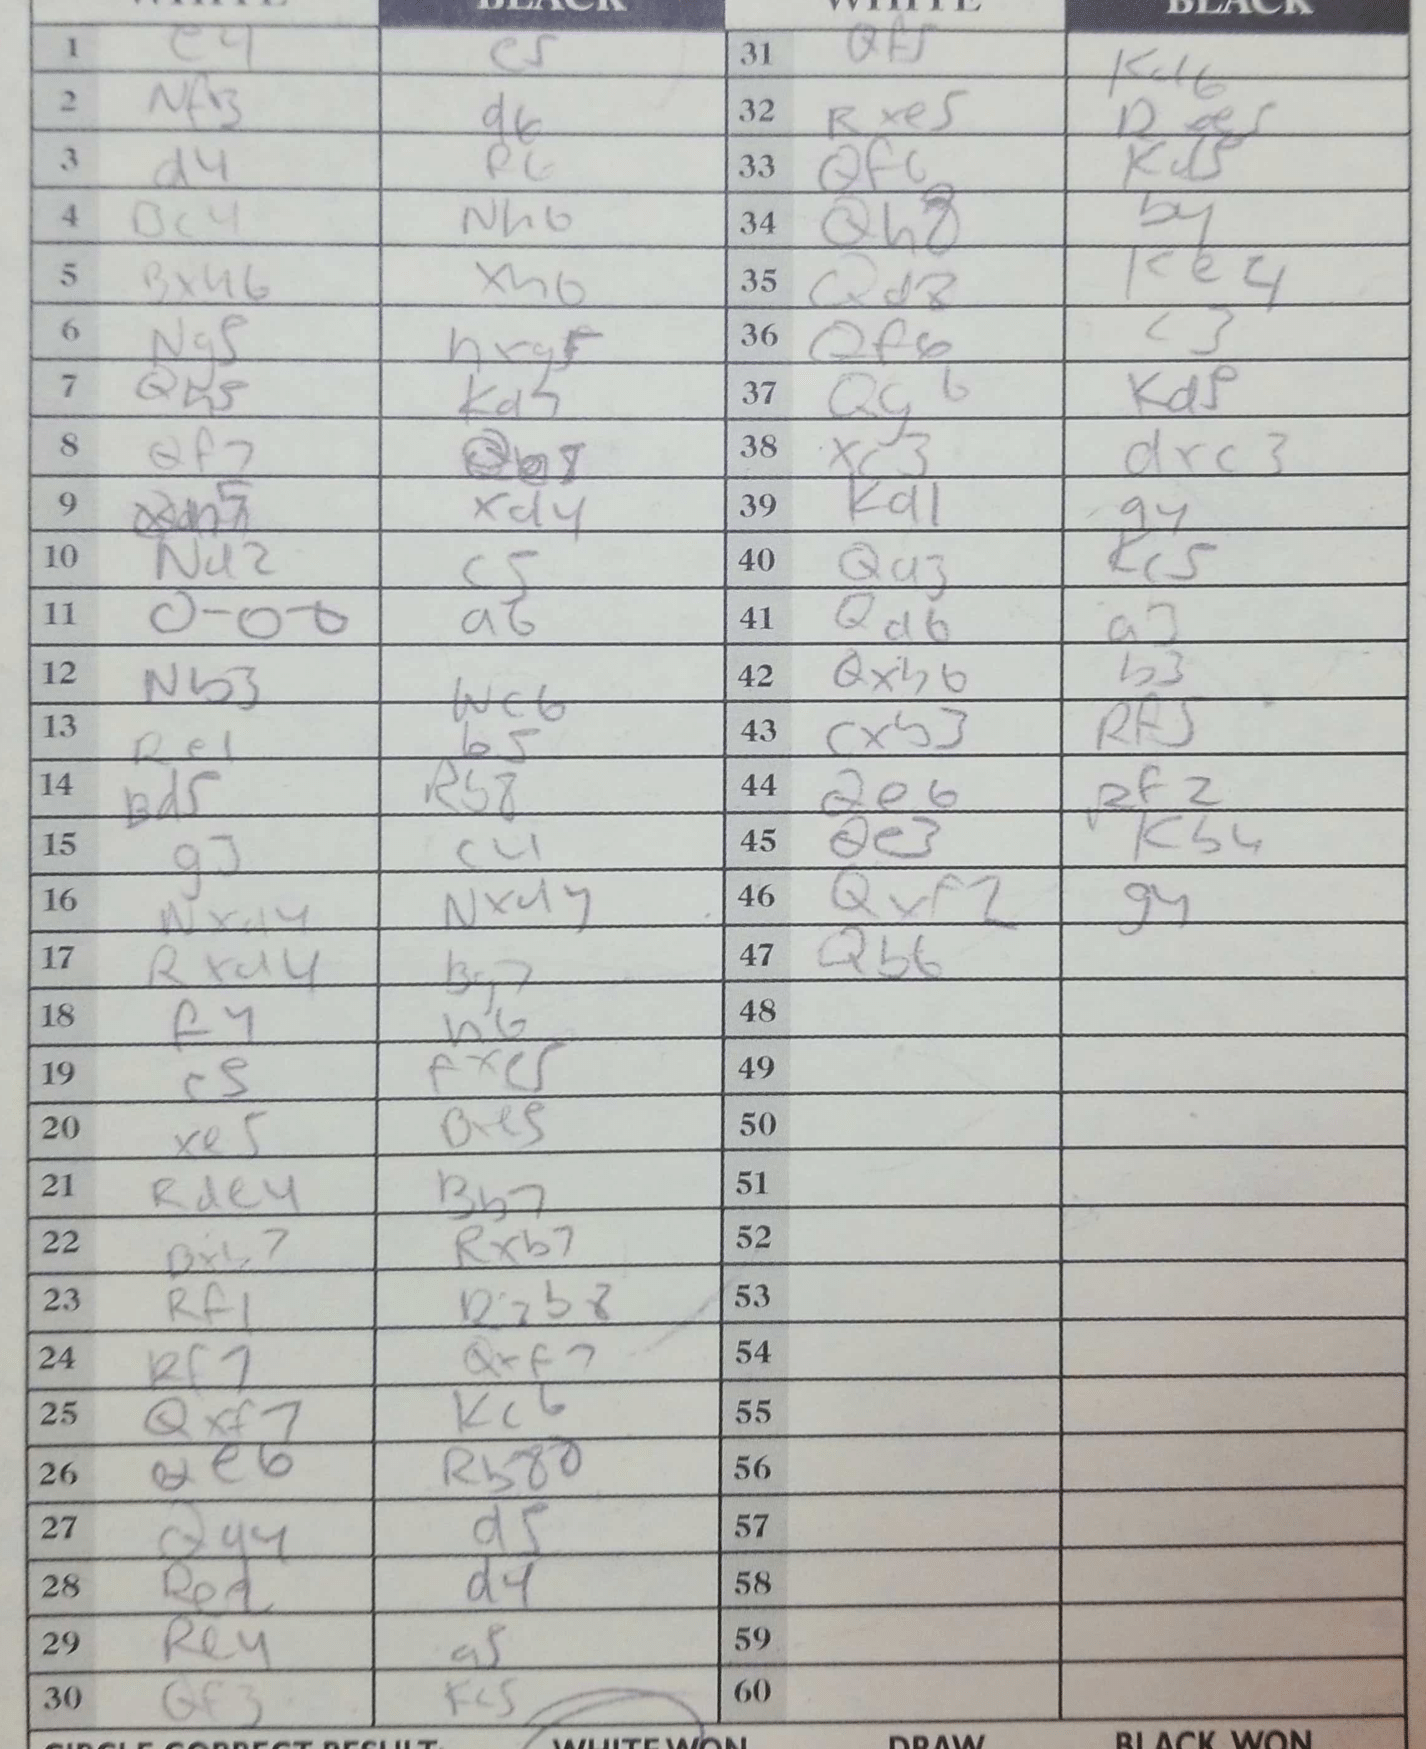
Moves: e4 e5 Nf3 d6 d4 R6 Bc4 Nh6 Bxh6 xh6 Ng5 hxg5 Qh5 Kd5 Qf2 Qb5 xd4 Na2 c5 O-O-O a6 Nb3 Re1 b5 Bd5 Rb8 g3 c4 Nxd4 Nxd4 Rxd4 Bg7 f4 h6 c5 fxc5 xe5 Bxe5 Rde4 Bb7 Bxb7 Rxb7 Rf1 Rxb8 Rf7 Qxf7 Qxf7 Kc6 Qe6 Rb8 Qa4 d5 Re2 d4 Re4 a5 Qf3 Kc5 Qf5 Kd6 Rxe5 Rxe5 Qf6 Kd5 Qh8 b4 Qd8 Ke4 Qf6 c3 Qg6 Kd5 xc3 dxc3 Kd1 a4 Qa3 Kc5 Qa6 a3 Qxh6 b3 cxb3 Rf5 Qe6 Rf2 Qe3 Kb4 Qxf2 g4 Qb6